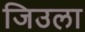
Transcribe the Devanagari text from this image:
जिउला